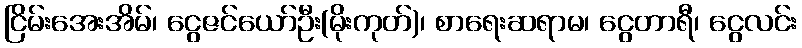
ငြိမ်းအေးအိမ်၊ ငွေဇင်ယော်ဦး(မိုးကုတ်)၊ စာရေးဆရာမ၊ ငွေတာရီ၊ ငွေလင်း